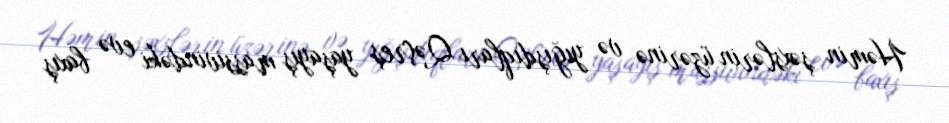
Həmin şəxslərin üzərinə və yığışdıqları Qəçreş yaşayış massivindəki evə baxış